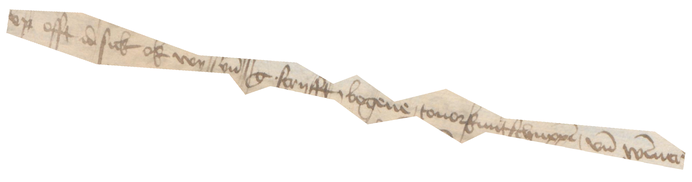
vp offt id sick ok wy syn g. scryfft, bogene, touorkuntschuppen, vnd Wismer